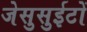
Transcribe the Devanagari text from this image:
जेसुसुईटों